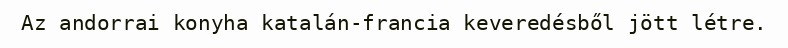
Az andorrai konyha katalán-francia keveredésből jött létre.